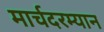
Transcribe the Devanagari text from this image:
मार्चदरम्यान